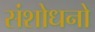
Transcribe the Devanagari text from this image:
संशोधनो